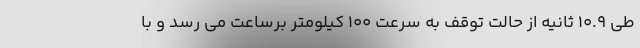
طی 10.9 ثانیه از حالت توقف به سرعت 100 کیلومتر برساعت می رسد و با